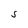
Character: S